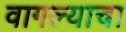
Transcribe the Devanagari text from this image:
वागल्याचा